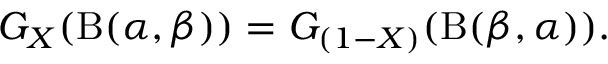
G _ { X } ( \mathrm { B } ( \alpha , \beta ) ) = G _ { ( 1 - X ) } ( \mathrm { B } ( \beta , \alpha ) ) .